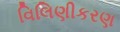
વિલિણીકરણ